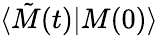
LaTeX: \langle\tilde{M}(t)|M(0)\rangle